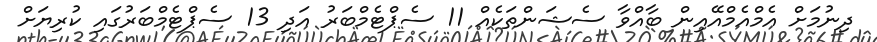
ދިނުމަށް އެމްއެމްއޭއިން ބާއްވާ ސެޝަންތަކެއް 11 ސެޕްޓެމްބަރު އަދި 13 ސެޕްޓެމްބަރުގައި ކުރިޔަށް